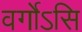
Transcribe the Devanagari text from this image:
वर्गोऽसि